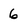
Character: 6